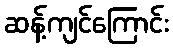
ဆန့်ကျင်ကြောင်း